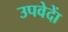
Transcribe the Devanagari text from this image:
उपवेदाें